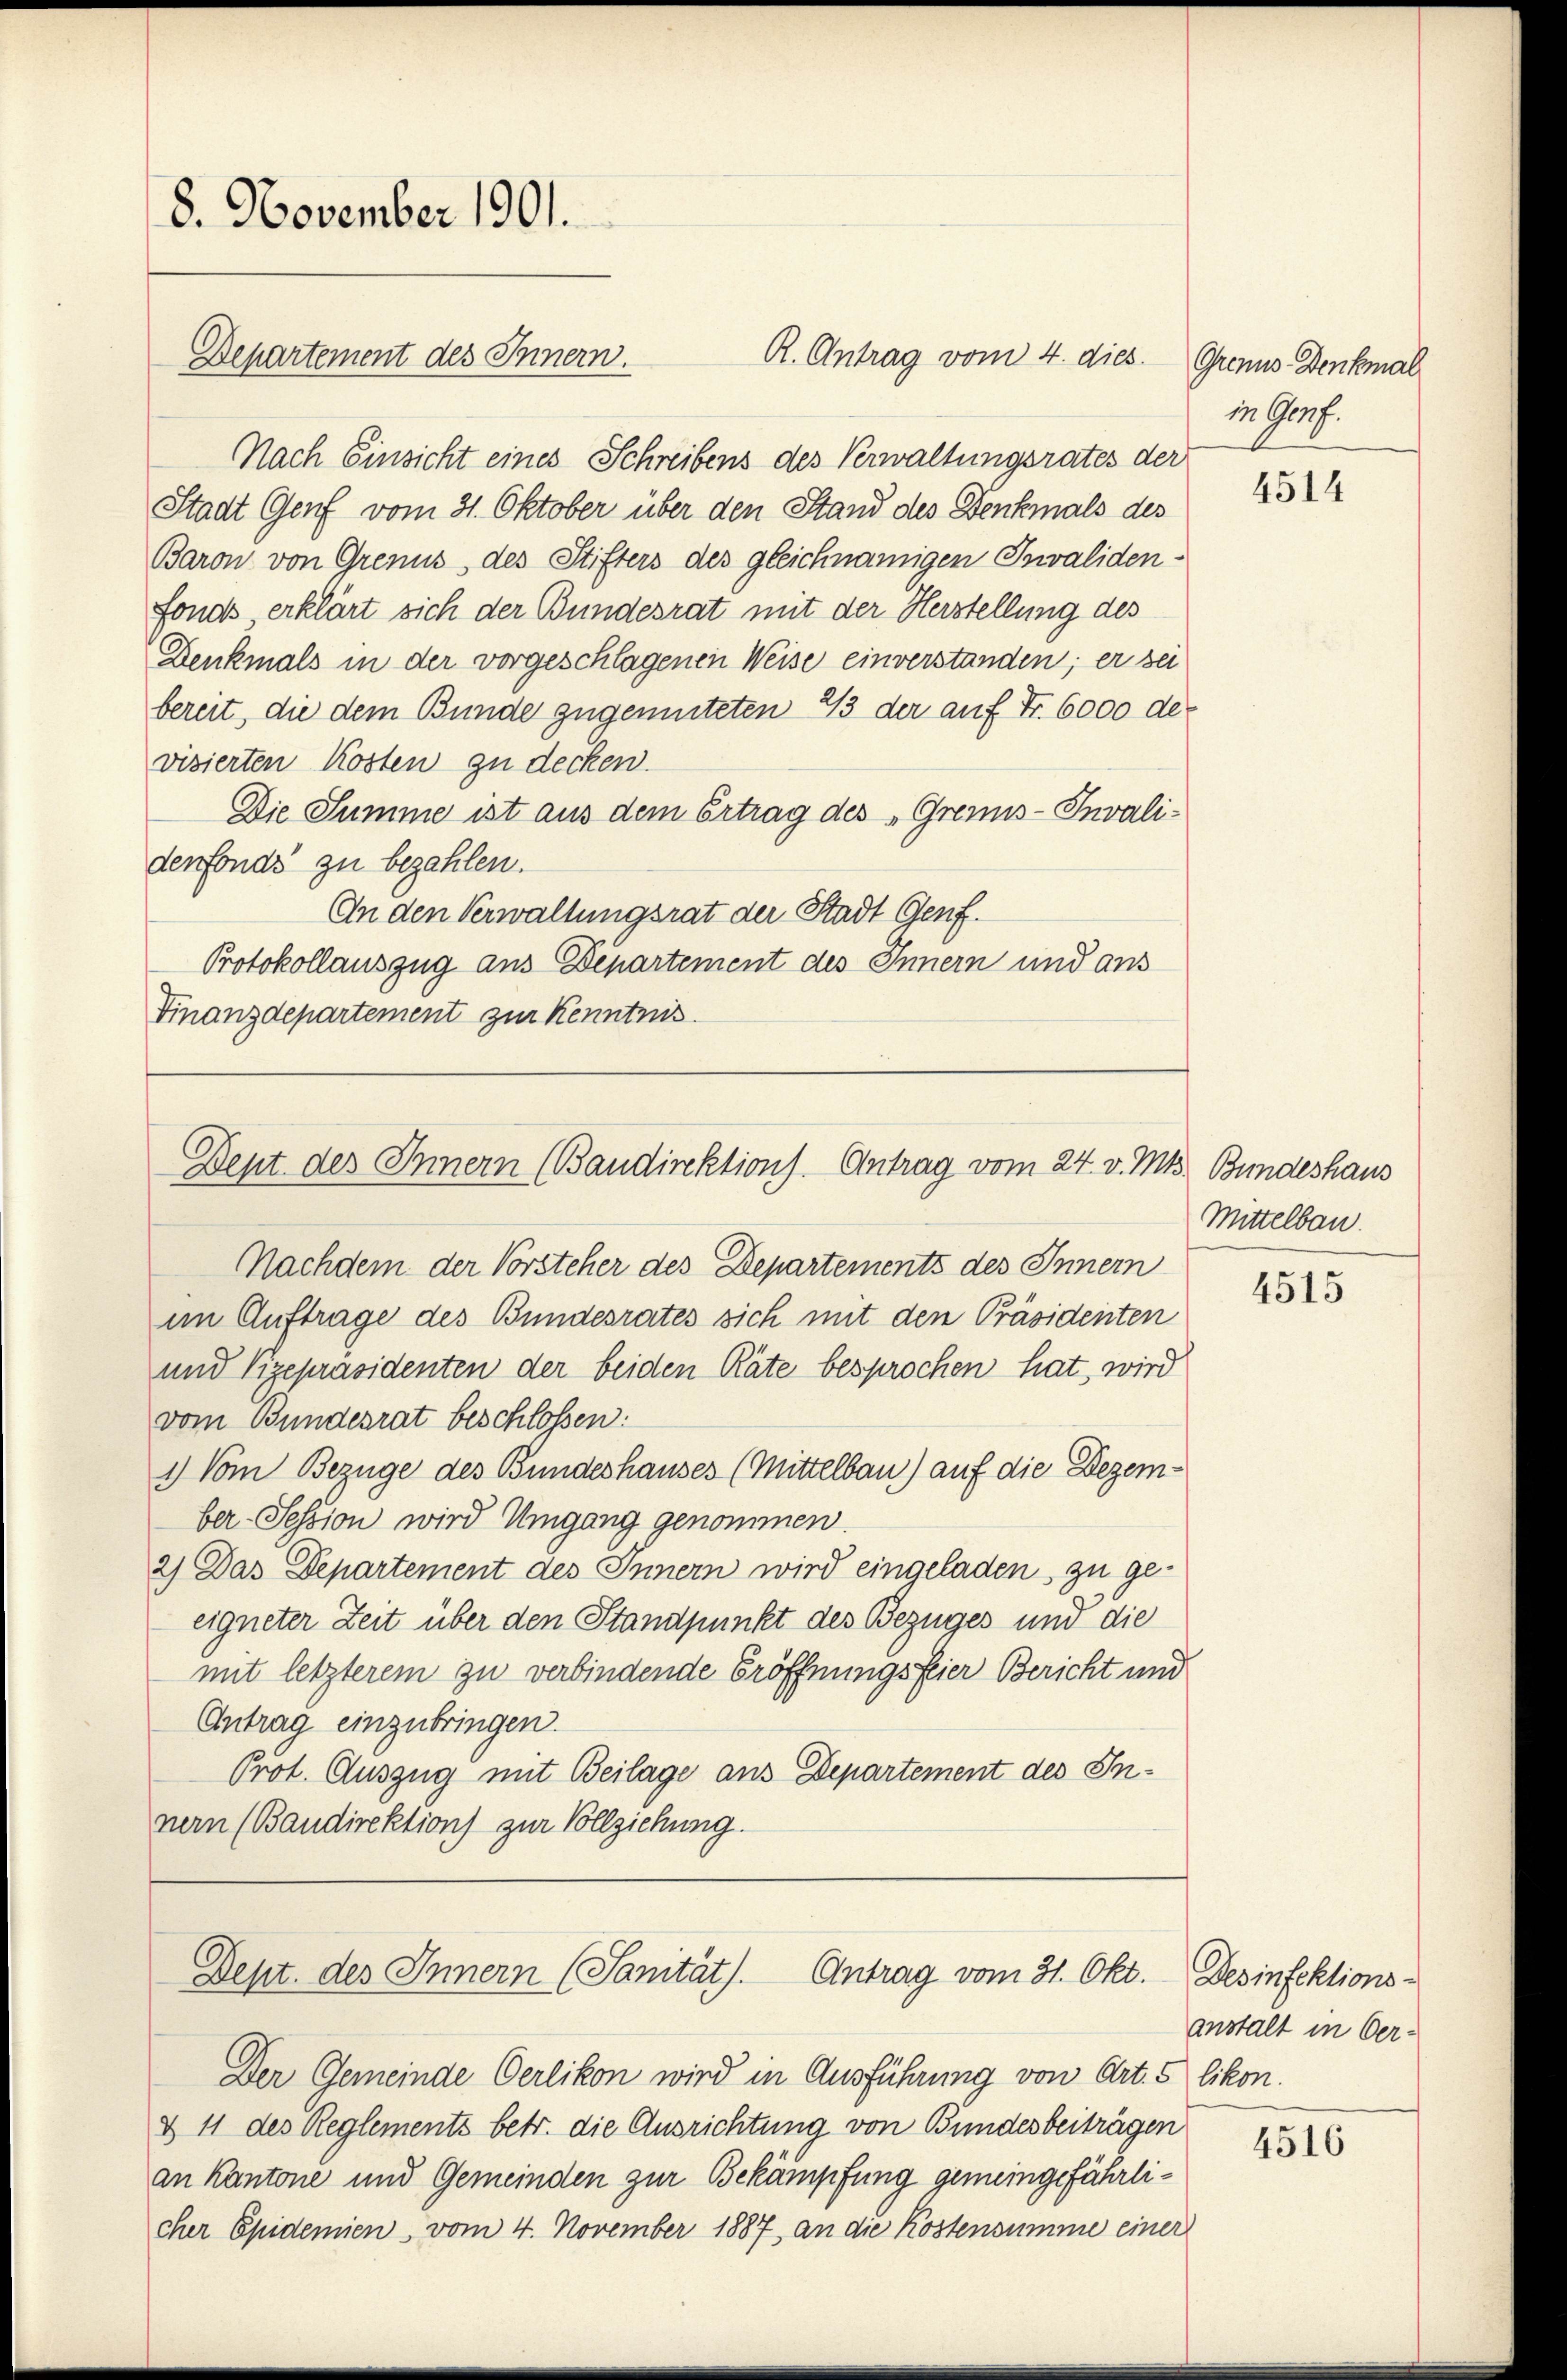
8. November 1901.

R. Antrag vom 4. dies
Nach Einsicht eines Schreibens des Verwaltungsrates der
Stadt Genf vom 31. Oktober über den Stand des Denkmals des
Baron von Grenus des Stifters des gleichnamigen Invaliden-
fonds erklärt sich der Bundesrat mit der Herstellung des
Denkmals in der vorgeschlagenen Weise einverstanden; er sei
bereit, die dem Bunde zugemuteten 23 der auf Fr. 6000 de
visierten Kosten zu decken.
Die Summe ist aus dem Ertrag des „Gremis-Invali-
denfonds zu bezahlen.
An den Verwaltungsrat der Stadt Genf.
Protokollauszug aus Departement des Innern und aus
Finanzdepartement zur Kenntnis

Departement des Innern.

Dent des Innern (Baudirektion. Antrag vom 24. v. Mts. Bundeshaus

Nachdem der Vorsteher des Departements des Innern
im Auftrage des Bundesrates sich mit den Präsidenten
und Vizepräsidenten der beiden Räte besprochen hat, wird
vom Bundesrat beschlossen:
1.) Vom Bezüge des Bundeshauses (Mittelbau) auf die Dezember-Session wird Umgang genommen.
2) Das Departement des Innern wird eingeladen zu ge-
eigneter Zeit über den Standpunkt des Bezuges und die
mit letzterem zu verbindende Eröffnungsfeier Bericht und
Antrag einzubringen.
Prot. Auszug mit Beilage aus Departement des Innern (Baudirektion zur Vollziehung.

Dept. des Innern (Sanität). Antrag vom 31. Okt. Desinfektions-

Der Gemeinde Oerlikon wird in Ausführung von Art. 5 likon.
& 11 des Reglements betr. die Ausrichtung von Bundesbeiträgen
an Kantone und Gemeinden zur Bekämpfung gemeingefährlicher Epidemien vom 4. November 1887 an die Kostensumme einer

Gronus Denkmal
in Graf.

4514

Mittelbau.

4515

anstalt in Oer¬

4516